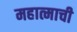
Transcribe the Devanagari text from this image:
महात्माची